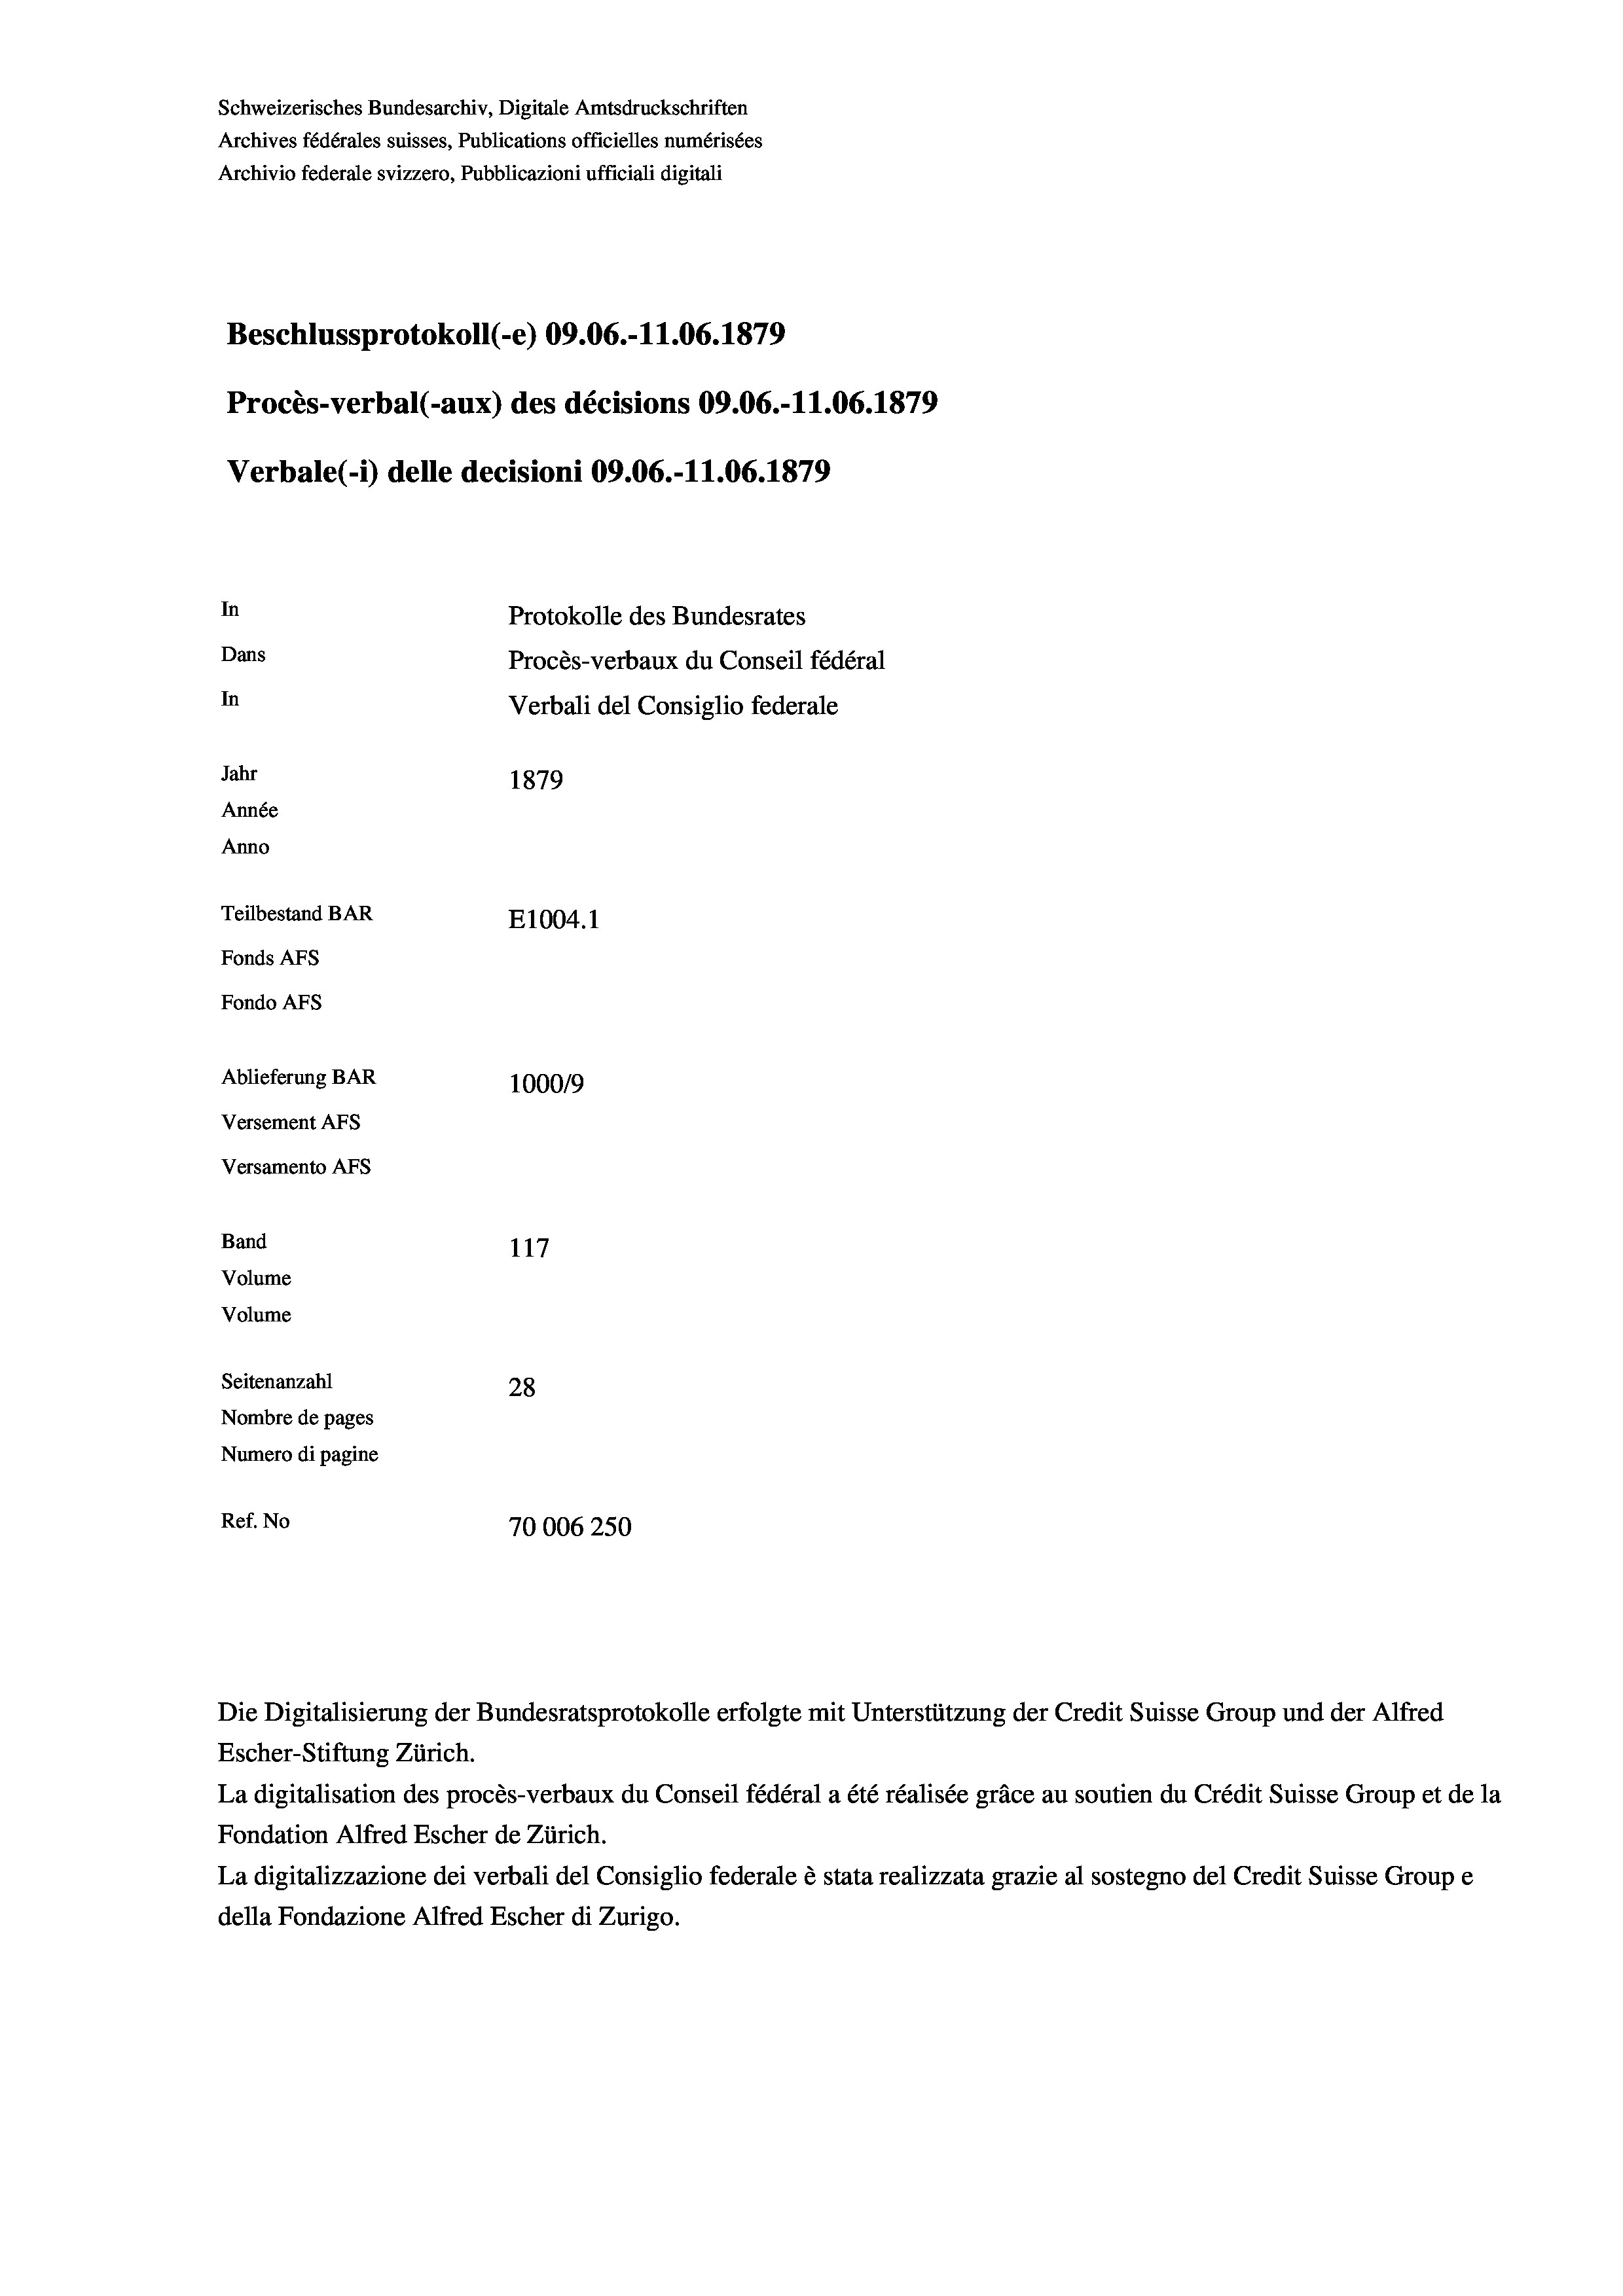
Schweizerisches Bundesarchiv, Digitale Amtsdruckschriften
Archives fédérales suisses, Publications officielles numérisées
Archivio federale svizzero, Pubblicazioni ufficiali digitali
Beschlussprotokoll (-e) 09.06.-11.06. 1879
Procès-verbal (-aux) des décisions 09.06.-11.06. 1879
Verbale(-*) delle decisioni 09.06.-11.06. 1879
In
Protokolle des Bundesrates
Dans
Procès-verbaux du Conseil fédéral
In
Verbali del Consiglio federale
Jahr
1879
Année
Anno
Teilbestand BAR
E1004.1
Fonds AFs
Fondo AFs
Ablieferung BAR
100019
Versement AFs
Versamento Afs
Band
117
Volume
Volume
Seitenanzahl
28
Nombre de pages
Numero di pagine
Ref. No
70006250

Escher-Stiftung Zürich.
La digitalisation des procès-verbaux du Conseil fédéral a été réalisée gräce au soutien du Crédit Suisse Group et de la
Fondation Alfred Escher de Zürich.
La digitalizzazione dei verbali del Consiglio federale è stata realizzata grazie al sostegno del Credit Suisse Groupe
della Fondazione Alfred Escher di Zurigo.

Die Digitalisierung der Bundesratsprotokolle erfolgte mit Unterstützung der Credit Suisse Group und der Alfred